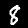
Digit: 8